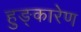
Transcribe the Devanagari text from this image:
हुङ्कारेण